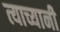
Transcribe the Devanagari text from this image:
त्याच्यानी